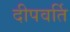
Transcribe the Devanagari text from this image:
दीपवर्ति